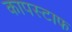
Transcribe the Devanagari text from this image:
कापस्टाफ